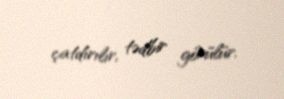
çatdırılır, tədbir görülür.